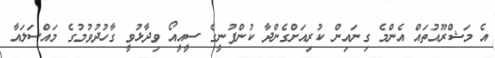
އެ މަޝްރޫއުތައް އެންމެ ގިނައިން ކުރިއަށްގެންދާ ކުންފުނީގެ ސީއީއޯ ވިދާޅުވީ ގާހުދުވުމުގެ މައްސަލައާ